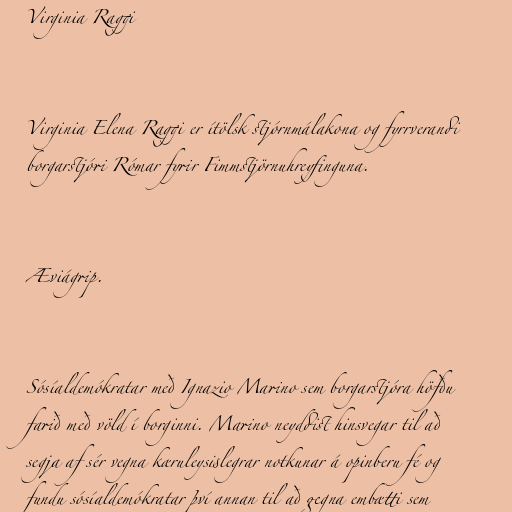
Virginia Raggi

Virginia Elena Raggi er ítölsk stjórnmálakona og fyrrverandi
borgarstjóri Rómar fyrir Fimmstjörnuhreyfinguna.

Æviágrip.

Sósíaldemókratar með Ignazio Marino sem borgarstjóra höfðu
farið með völd í borginni. Marino neyddist hinsvegar til að
segja af sér vegna kæruleysislegrar notkunar á opinberu fé og
fundu sósíaldemókratar því annan til að gegna embætti sem